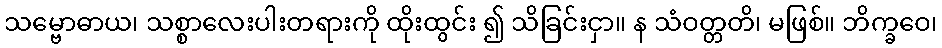
သမ္ဗောဓာယ၊ သစ္စာလေးပါးတရားကို ထိုးထွင်း ၍ သိခြင်းငှာ။ န သံဝတ္တတိ၊ မဖြစ်။ ဘိက္ခဝေ၊